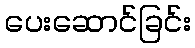
ပေးဆောင်ခြင်း